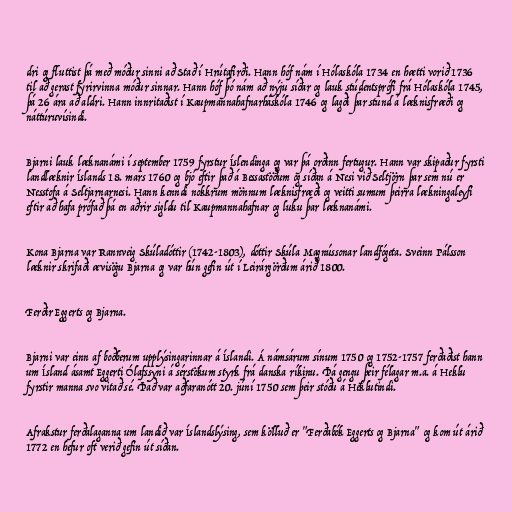
dri og fluttist þá með móður sinni að Stað í Hrútafirði. Hann hóf nám í Hólaskóla 1734 en hætti vorið 1736
til að gerast fyrirvinna móður sinnar. Hann hóf þó nám að nýju síðar og lauk stúdentsprófi frá Hólaskóla 1745,
þá 26 ára að aldri. Hann innritaðist í Kaupmannahafnarháskóla 1746 og lagði þar stund á læknisfræði og
náttúruvísindi.

Bjarni lauk læknanámi í september 1759 fyrstur Íslendinga og var þá orðinn fertugur. Hann var skipaður fyrsti
landlæknir Íslands 18. mars 1760 og bjó eftir það á Bessastöðum og síðan á Nesi við Seltjörn þar sem nú er
Nesstofa á Seltjarnarnesi. Hann kenndi nokkrum mönnum læknisfræði og veitti sumum þeirra lækningaleyfi
eftir að hafa prófað þá en aðrir sigldu til Kaupmannahafnar og luku þar læknanámi.

Kona Bjarna var Rannveig Skúladóttir (1742-1803), dóttir Skúla Magnússonar landfógeta. Sveinn Pálsson
læknir skrifaði ævisögu Bjarna og var hún gefin út í Leirárgörðum árið 1800.

Ferðir Eggerts og Bjarna.

Bjarni var einn af boðberum upplýsingarinnar á Íslandi. Á námsárum sínum 1750 og 1752-1757 ferðaðist hann
um Ísland ásamt Eggerti Ólafssyni á sérstökum styrk frá danska ríkinu. Þá gengu þeir félagar m.a. á Heklu
fyrstir manna svo vitað sé. Það var aðfaranótt 20. júní 1750 sem þeir stóðu á Heklutindi.

Afrakstur ferðalaganna um landið var Íslandslýsing, sem kölluð er "Ferðabók Eggerts og Bjarna" og kom út árið
1772 en hefur oft verið gefin út síðan.